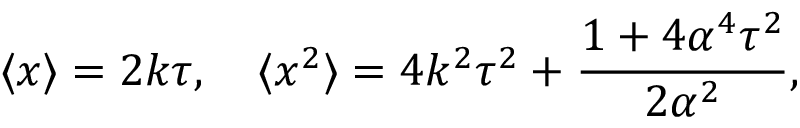
\langle x \rangle = 2 k \tau , \quad \langle x ^ { 2 } \rangle = 4 k ^ { 2 } \tau ^ { 2 } + \frac { 1 + 4 \alpha ^ { 4 } \tau ^ { 2 } } { 2 \alpha ^ { 2 } } ,